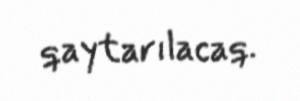
qaytarılacaq.